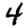
Digit: 4